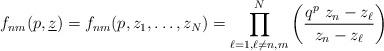
LaTeX: \begin{align*}f_{nm}(p,\underline{z})=f_{nm}(p,z_{1},\ldots ,z_{N})=\prod_{\ell =1,\ell\neq n,m}^{N}\left( \frac{q^{p}~z_{n}-z_{\ell }}{z_{n}-z_{\ell }}\right)\end{align*}